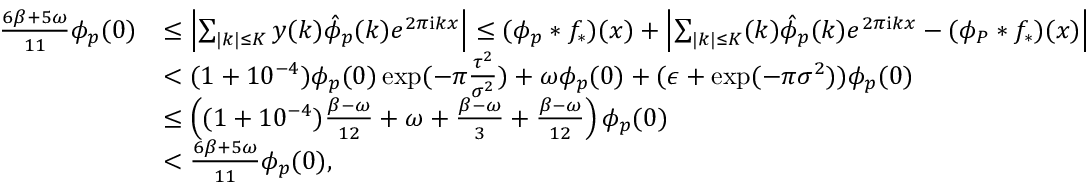
\begin{array} { r l } { \frac { 6 \beta + 5 \omega } { 1 1 } \phi _ { p } ( 0 ) } & { \le \left| \sum _ { | k | \le K } y ( k ) \hat { \phi } _ { p } ( k ) e ^ { 2 \pi \mathrm { i } k x } \right| \le ( \phi _ { p } * f _ { * } ) ( x ) + \left| \sum _ { | k | \le K } ( k ) \hat { \phi } _ { p } ( k ) e ^ { 2 \pi \mathrm { i } k x } - ( \phi _ { P } * f _ { * } ) ( x ) \right| } \\ & { < ( 1 + 1 0 ^ { - 4 } ) \phi _ { p } ( 0 ) \exp ( - \pi \frac { \tau ^ { 2 } } { \sigma ^ { 2 } } ) + \omega \phi _ { p } ( 0 ) + ( \epsilon + \exp ( - \pi \sigma ^ { 2 } ) ) \phi _ { p } ( 0 ) } \\ & { \le \left( ( 1 + 1 0 ^ { - 4 } ) \frac { \beta - \omega } { 1 2 } + \omega + \frac { \beta - \omega } { 3 } + \frac { \beta - \omega } { 1 2 } \right) \phi _ { p } ( 0 ) } \\ & { < \frac { 6 \beta + 5 \omega } { 1 1 } \phi _ { p } ( 0 ) , } \end{array}